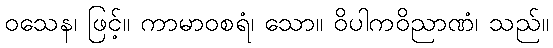
ဝသေန၊ ဖြင့်။ ကာမာဝစရံ၊ သော။ ဝိပါကဝိညာဏံ၊ သည်။